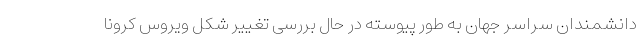
دانشمندان سراسر جهان به طور پیوسته در حال بررسی تغییر شکل ویروس کرونا